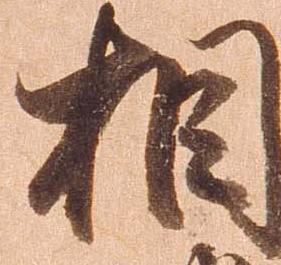
相